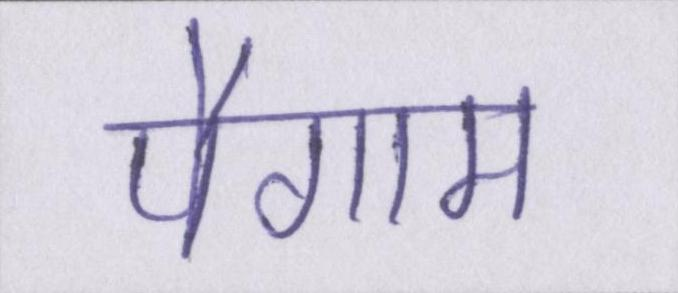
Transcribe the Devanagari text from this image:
पैगाम